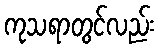
ကုသရာတွင်လည်း